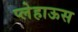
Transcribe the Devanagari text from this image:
प्लेहाऊस